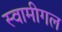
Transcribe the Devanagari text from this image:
स्वामीगल